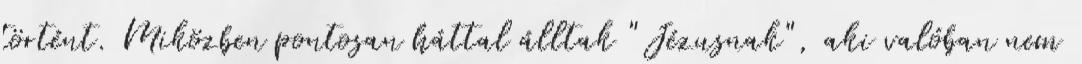
történt. Miközben pontosan háttal álltak "Jézusnak", aki valóban nem